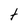
Character: t